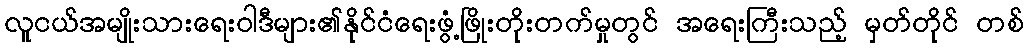
လူငယ်အမျိုးသားရေးဝါဒီများ၏နိုင်ငံရေးဖွံ့ဖြိုးတိုးတက်မှုတွင် အရေးကြီးသည့် မှတ်တိုင် တစ်